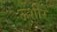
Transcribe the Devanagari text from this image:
ऊशीर